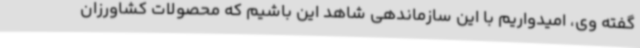
گفته وی، امیدواریم با این سازماندهی شاهد این باشیم که محصولات کشاورزان